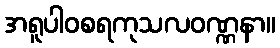
အရူပါဝစရကုသလဝဏ္ဏနာ။